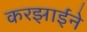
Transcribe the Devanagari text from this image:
करझाईंने